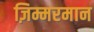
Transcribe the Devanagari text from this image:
ज़िम्मरमान